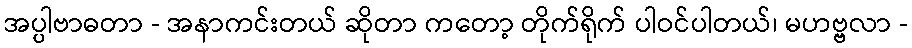
အပ္ပါဗာဓတာ - အနာကင်းတယ် ဆိုတာ ကတော့ တိုက်ရိုက် ပါဝင်ပါတယ်၊ မဟဗ္ဗလာ -